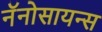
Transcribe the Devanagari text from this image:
नॅनोसायन्स